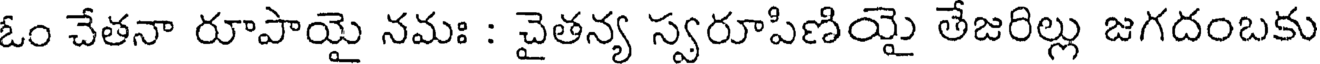
ఓం చేతనా రూపాయై నమః : చైతన్య స్వరూపిణియై తేజరిల్లు జగదంబకు